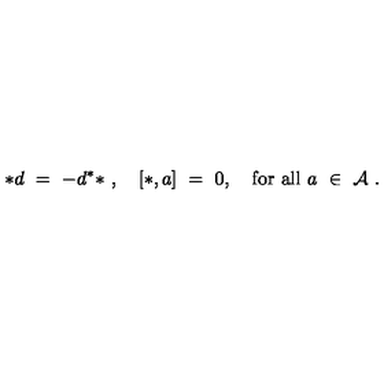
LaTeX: * d \ = \ - d ^ { * } * \ , \quad [ * , a ] \ = \ 0 , \quad \mathrm { f o r \ a l l } \ a \ \in \ { \mathcal A } \ .